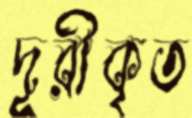
দূরীকৃত